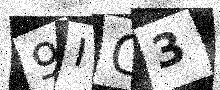
Text: 9IC3